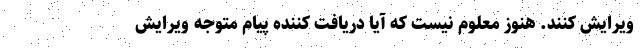
ویرایش کنند. هنوز معلوم نیست که آیا دریافت کننده پیام متوجه ویرایش